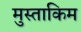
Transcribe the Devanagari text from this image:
मुस्ताकिम